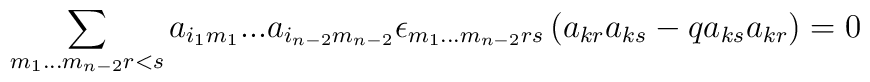
\sum\limits_{m_1 ...  m_{n-2} r<s}a_{i_1m_1} ...	a_{i_{n-2}m_{n-2}} \epsilon_{m_1 ...  m_{n-2} r	s}\left(a_{kr}a_{ks}-qa_{ks}a_{kr}\right)=0